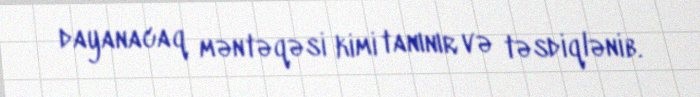
dayanacaq məntəqəsi kimi tanınır və təsdiqlənib.